Vaccination in Bombay 1889-1901 - 1889-1901
Year: 1889
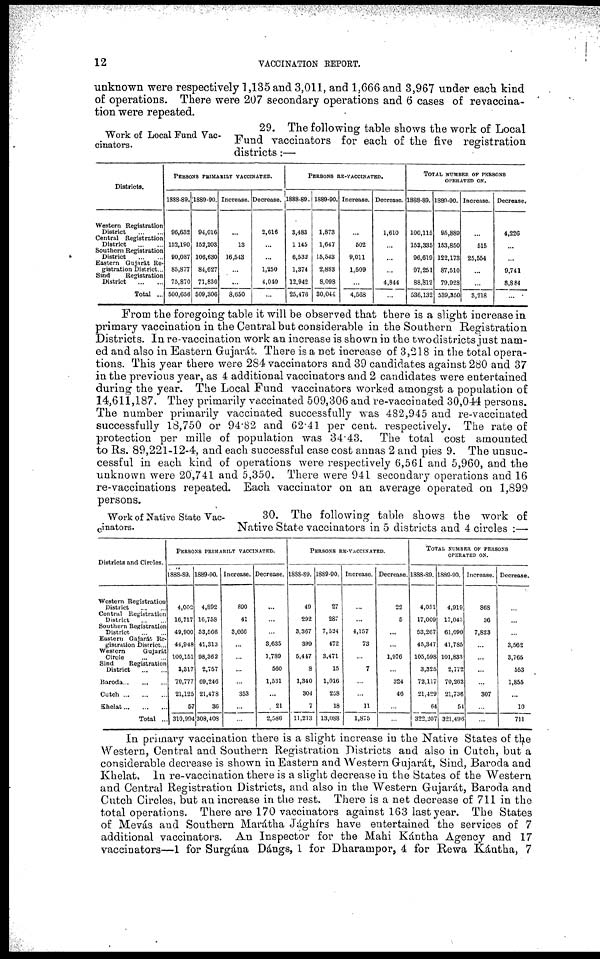
12
VACCINATION REPORT.
unknown were respectively 1,135 and 3,011, and 1,666 and 3,967 under each kind
of operations. There were 207 secondary operations and 6 cases of revaccina-
tion were repeated.
Work of Local Fund Vac-
cinators.
29. The following table shows the work of Local
Fund vaccinators for each of the five registration
districts:—
Districts.
Western Registration
District
...
...
Central Registration
District
...
...
Southern Registration
District
...
...
Eastern Gujarát Re-
gistration District...
Sind
Registration
District
...
...
Total ...
PERSONS PRIMARILY VACCINATED.
1888-89.
96,632
152,190
90,087
85,877
75,870
500,656
1889-90.
94,016
152,203
106,630
84,627
71,830
509,306
Increase.
...
13
16,543
...
...
8,650
Decrease.
2,616
...
...
1,250
4,040
...
PERSONS RE-VACCINATED.
1888-89.
3,483
1,145
6,532
1,374
12,942
25,476
1889-90.
1,873
1,647
15,543
2,883
8,098
30,044
Increase.
...
502
9,011
1,509
...
4,568
Decrease.
1,610
...
...
...
4,844
...
TOTAL NUMBER OF PERSONS
OPERATED ON.
1888-89.
100,115
153,335
96,619
97,251
88,812
536,132
1889-90.
95,889
153,850
122,173
87,510
79,928
539,350
Increase.
...
515
25,554
...
...
3,218
Decrease.
4,226
...
...
9,741
8,884
...
From the foregoing table it will be observed that there is a slight increase in
primary vaccination in the Central but considerable in the Southern Registration
Districts. In re-vaccination work an increase is shown in the two districts just nam-
ed and also in Eastern Gujarát. There is a net increase of 3,218 in the total opera-
tions. This year there were 284 vaccinators and 39 candidates against 280 and 37
in the previous year, as 4 additional vaccinators and 2 candidates were entertained
during the year. The Local Fund vaccinators worked amongst a population of
14,611,187. They primarily vaccinated 509,306 and re-vaccinated 30,044 persons.
The number primarily vaccinated successfully was 482,945 and re-vaccinated
successfully 18,750 or 94.82 and 62.41 per cent. respectively. The rate of
protection per mille of population was 34.43. The total cost amounted
to Rs. 89,221-12-4, and each successful case cost annas 2 and pies 9. The unsuc-
cessful in each kind of operations were respectively 6,561 and 5,960, and the
unknown were 20,741 and 5,350. There were 941 secondary operations and 16
re-vaccinations repeated. Each vaccinator on an average operated on 1,899
persons.
Work of Native State Vac-
cinators.
30. The following table shows the work of
Native State vaccinators in 5 districts and 4 circles :—
Districts and Circles.
Western Registration
District
...
...
Central Registration
District
...
...
Southern Registration
District
...
...
Eastern Gajarát Re-
gistration District...
Western
Gujarát
Circle
...
...
Sind
Registration
District
...
...
Baroda
...
...
...
Cutch
...
...
...
Khelat
...
...
...
Total ...
PERSONS PRIMARILY VACCINATED.
1888-89.
4,002
16,717
49,900
44,948
100,151
3,317
70,777
21,125
57
310,994
1889-90.
4,892
16,758
53,566
41,313
98,362
2,757
69,246
21,478
36
308,408
Increase.
890
41
3,666
...
...
...
...
353
...
...
Decrease.
...
...
...
3,635
1,789
560
1,531
...
21
2,586
PERSONS RE-VACCINATED.
1888-89.
49
292
3,367
399
5,447
8
1,340
304
7
11,213
1889-90.
27
287
7,524
472
3,471
15
1,016
258
18
13,088
Increase.
...
...
4,157
73
...
7
...
...
11
1,875
Decrease.
22
5
...
...
1,976
...
324
46
...
...
TOTAL NUMBER OF PERSONS
OPERATED ON.
1888-89.
4,051
17,009
53,267
45,347
105,598
3,325
72,117
21,429
64
322,207
1889-90.
4,919
17,045
61,090
41,785
101,833
2,772
70,262
21,736
54
321,496
Increase.
868
36
7,823
...
...
...
...
307
...
...
Decrease.
...
...
...
3,562
3,765
553
1,855
...
10
711
In primary vaccination there is a slight increase in the Native States of the
Western, Central and Southern Registration Districts and also in Cutch, but a
considerable decrease is shown in Eastern and Western Gujarát, Sind, Baroda and
Khelat. In re-vaccination there is a slight decrease in the States of the Western
and Central Registration Districts, and also in the Western Gujarát, Baroda and
Cutch Circles, but an increase in the rest. There is a net decrease of 711 in the
total operations. There are 170 vaccinators against 163 last year. The States
of Mevás and Southern Marátha Jághírs have entertained the services of 7
additional vaccinators. An Inspector for the Mahi Kántha Agency and 17
vaccinators—1 for Surgána Dángs, 1 for Dharampor, 4 for Rewa Kántha, 7